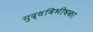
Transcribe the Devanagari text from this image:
युद्धविभीषका